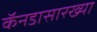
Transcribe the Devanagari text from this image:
कॅनडासारख्या